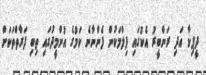
ދީޕިކާ އަދި ރަންބީރު އެކުގައި ފިލްމަކުން ފެންނާނެ ކަމުގެ އުންމީދުގައި ތިބި ފަރާތްތަކަށް